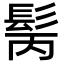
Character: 𩬝